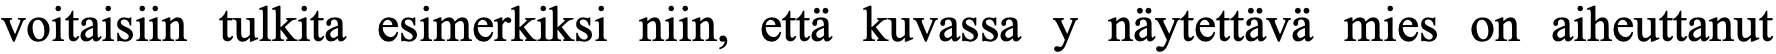
voitaisiin tulkita esimerkiksi niin, että kuvassa y näytettävä mies on aiheuttanut